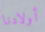
أولادنا